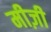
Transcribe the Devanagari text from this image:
मीज़ी